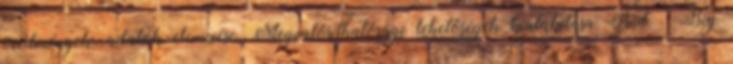
eredmények, adatok elemzése. Megvalósíthatósági lehetőségek kialakítása BI Big